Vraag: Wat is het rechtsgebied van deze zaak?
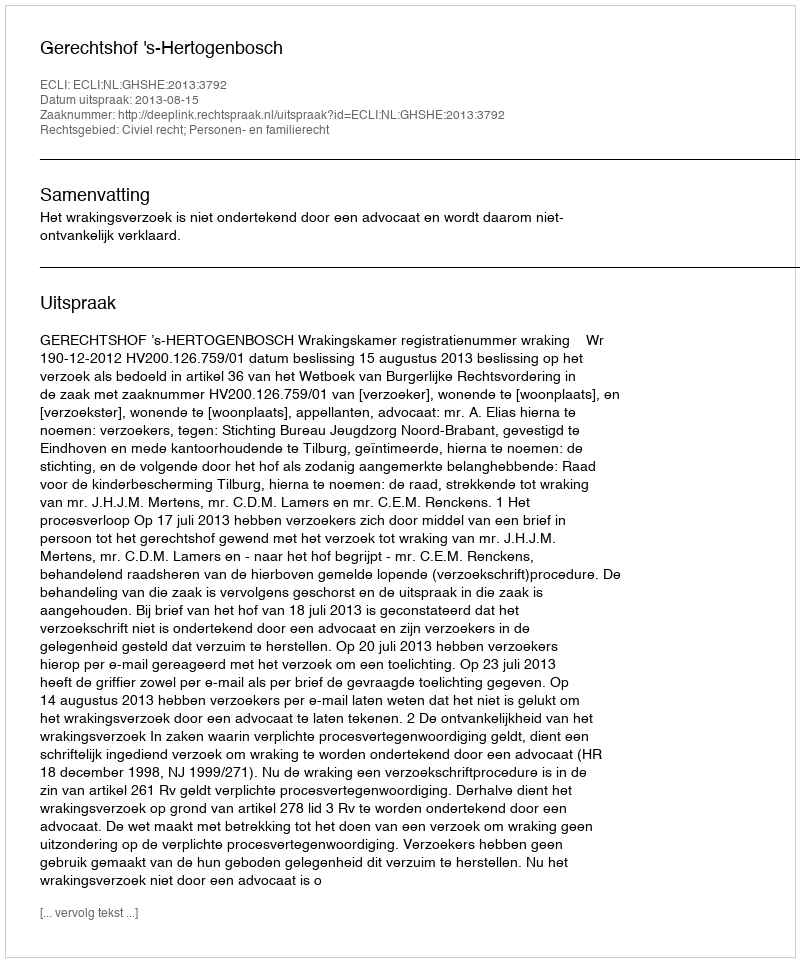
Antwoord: Civiel recht; Personen- en familierecht